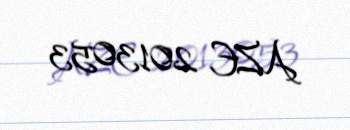
AZE 2013053